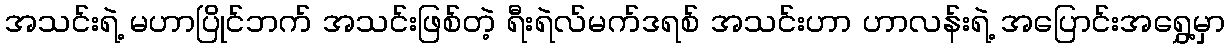
အသင်းရဲ့ မဟာပြိုင်ဘက် အသင်းဖြစ်တဲ့ ရီးရဲလ်မက်ဒရစ် အသင်းဟာ ဟာလန်းရဲ့ အပြောင်းအရွှေ့မှာ